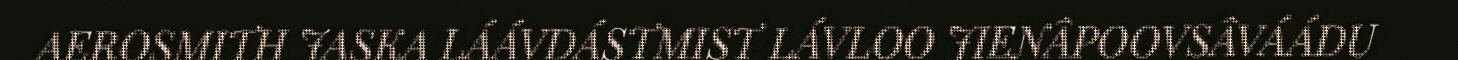
AEROSMITH JASKA LÁÁVDÁSTMIST LÁVLOO JIENÂPOOVSÂVÁÁDU